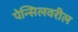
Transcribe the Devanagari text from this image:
पेन्सिलवरील